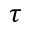
\tau